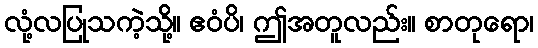
လုံ့လပြုသကဲ့သို့။ ဧဝံပိ၊ ဤအတူလည်း။ စာတုရော၊